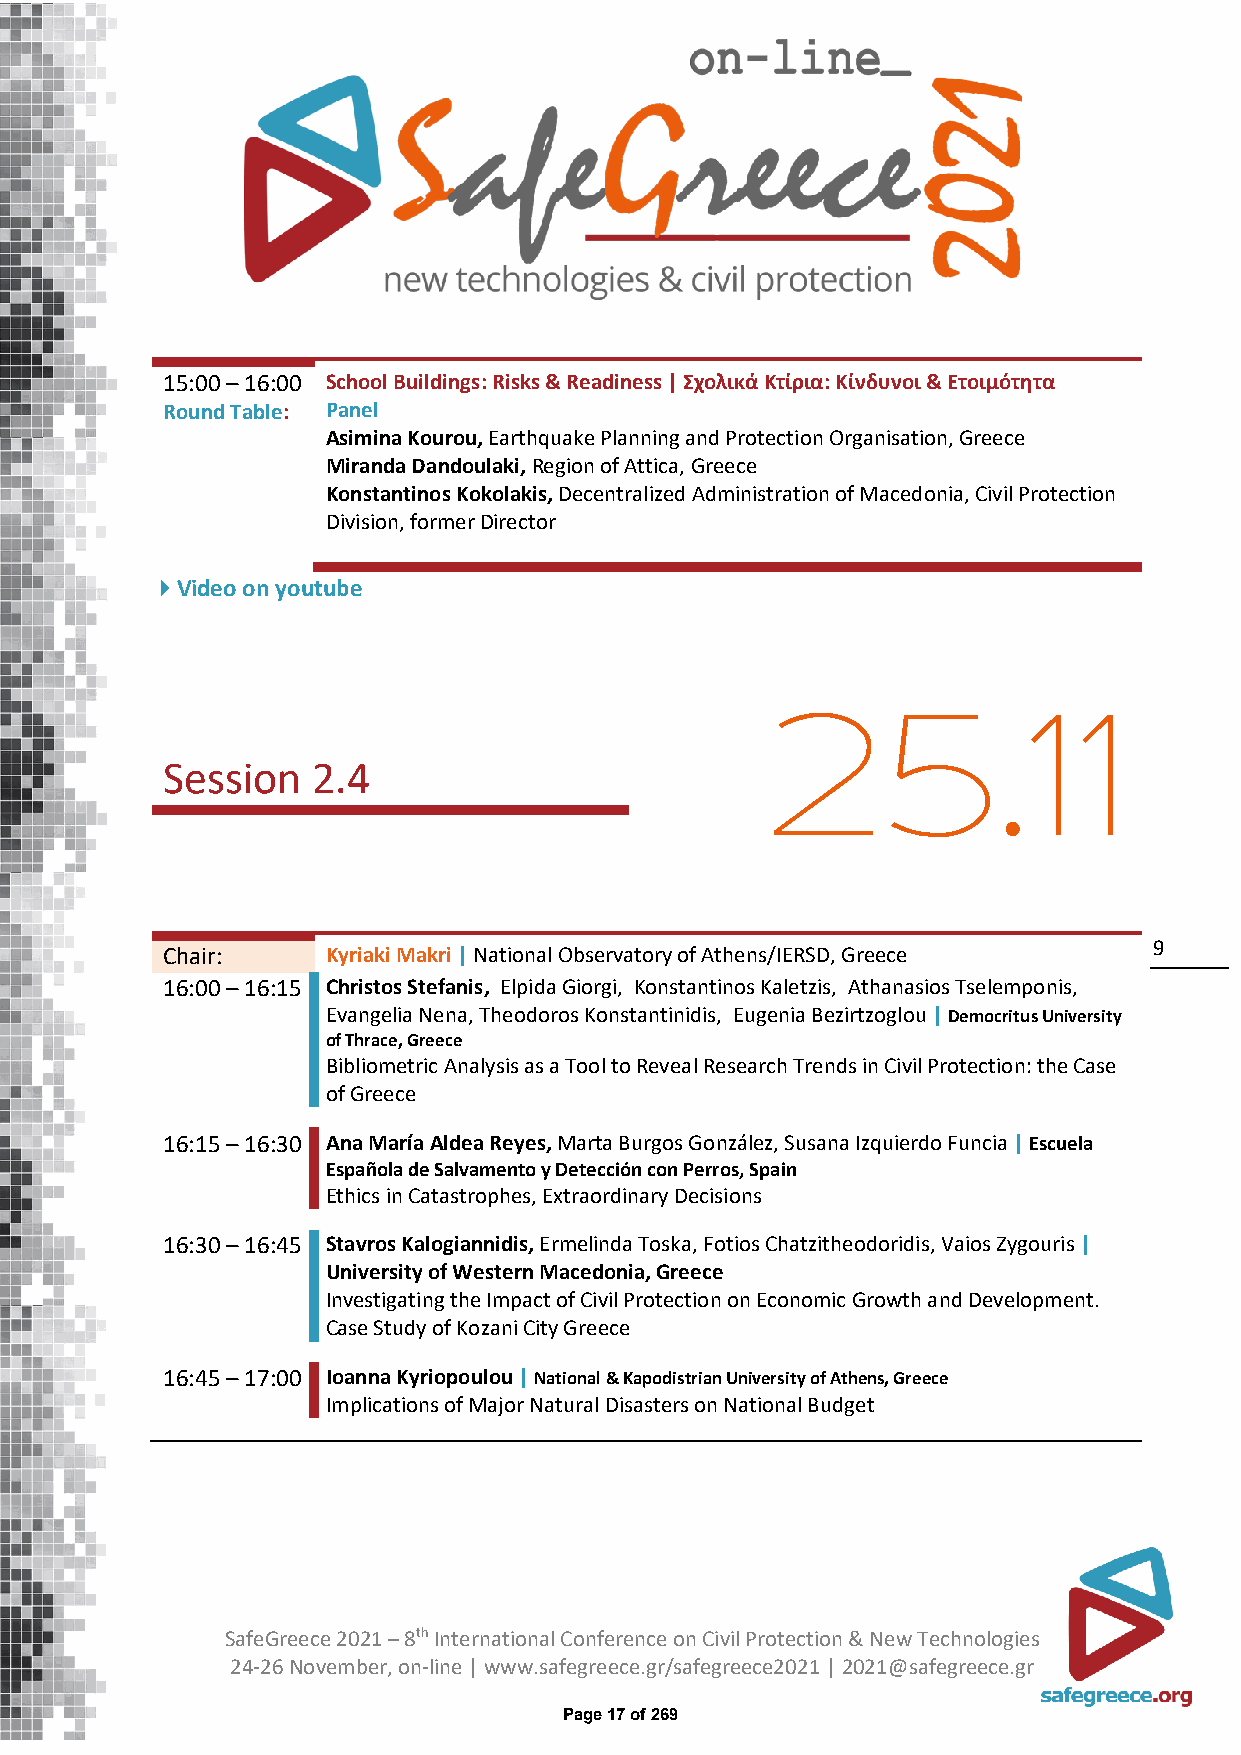
15:00 – 16:00 School Buildings: Risks & Readiness | Σχολικά Κτίρια: Κίνδυνοι & Ετοιμότητα
 Round Table: Panel
 Asimina Kourou, Earthquake Planning and Protection Organisation, Greece
 Miranda Dandoulaki, Region of Attica, Greece
 Konstantinos Kokolakis, Decentralized Administration of Macedonia, Civil Protection
 Division, former Director
 Video on youtube
 25.11
 Session   2.4
 Chair:     Kyriaki Makri | National Observatory of Athens/ΙERSD, Greece 9
 16:00 – 16:15 Christos Stefanis, Elpida Giorgi, Konstantinos Kaletzis, Athanasios Tselemponis,
 Evangelia Nena, Theodoros Konstantinidis, Eugenia Bezirtzoglou | Democritus University
 of Thrace, Greece
 Bibliometric Analysis as a Tool to Reveal Research Trends in Civil Protection: the Case
 of Greece
 16:15 – 16:30 Ana María Aldea Reyes, Marta Burgos González, Susana Izquierdo Funcia | Escuela
 Española de Salvamento y Detección con Perros, Spain
 Ethics in Catastrophes, Extraordinary Decisions
 16:30 – 16:45 Stavros Kalogiannidis, Ermelinda Toska, Fotios Chatzitheodoridis, Vaios Zygouris |
 University of Western Macedonia, Greece
 Investigating the Impact of Civil Protection on Economic Growth and Development.
 Case Study of Kozani City Greece
 16:45 – 17:00 Ioanna Kyriopoulou | National & Kapodistrian University of Athens, Greece
 Implications of Major Natural Disasters on National Budget
 SafeGreece 2021 – 8th International Conference on Civil Protection & New Technologies
 24-26 November, on-line | www.safegreece.gr/safegreece2021 | 2021@safegreece.gr
 Page 17 of 269